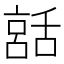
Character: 𦧨